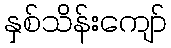
နှစ်သိန်းကျော်